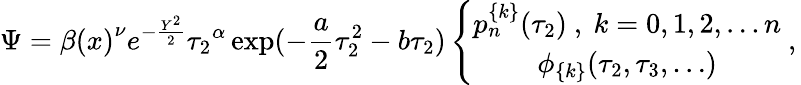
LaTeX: \Psi={\beta(x)}^{\nu}e^{-\frac{Y^{2}}{2}}{\tau_{2}}^{\alpha}\exp(-\frac{a}{2}\tau_{2}^{2}-b\tau_{2})\left\{ \begin{array}{c}{{p_{n}^{\{ k\} }(\tau_{2})\ ,\ k=0,1,2,\ldots n}}\\ {{\phi_{\{ k\} }(\tau_{2},\tau_{3},\ldots)}}\end{array}\ ,\right.